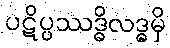
ပဋိပ္ပဿဒ္ဓိလဒ္ဓမှိ